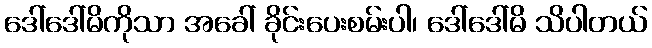
ဒေါ်ဒေါ်မိကိုသာ အခေါ် ခိုင်းပေးစမ်းပါ၊ ဒေါ်ဒေါ်မိ သိပါတယ်